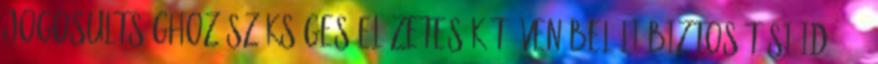
jogosultsághoz szükséges előzetes két éven belüli biztosítási idő 365